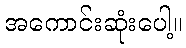
အကောင်းဆုံးပေါ့။